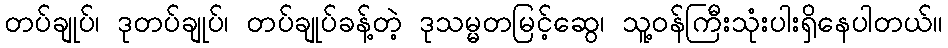
တပ်ချုပ်၊ ဒုတပ်ချုပ်၊ တပ်ချုပ်ခန့်တဲ့ ဒုသမ္မတမြင့်ဆွေ၊ သူ့ဝန်ကြီးသုံးပါးရှိနေပါတယ်။